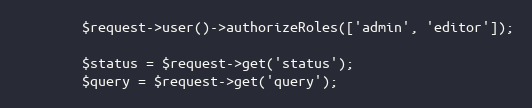
Language: PHP
        $request->user()->authorizeRoles(['admin', 'editor']);

        $status = $request->get('status');
        $query = $request->get('query');